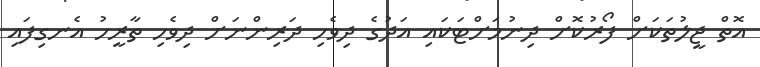
އޮތް ޖީލުތަކަށް ފޯރުކޮށް ދިނުމަށްޓަކައި އަދުގެ ދިވެހި ދަރިންނަށް ދިވެހި ތާރީހު އެނގިފައި